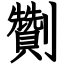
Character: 劗